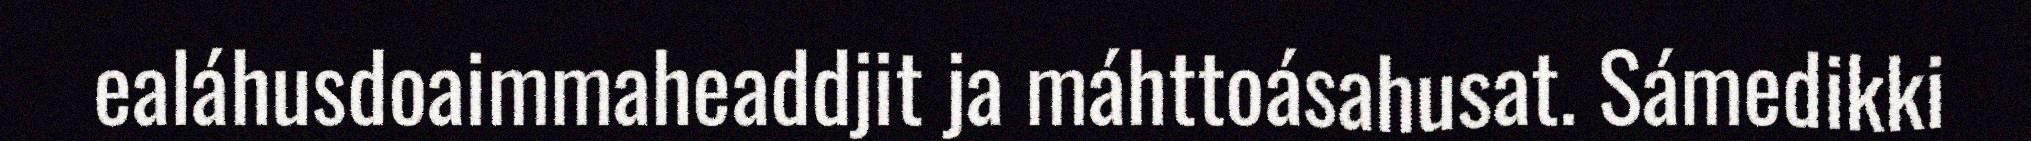
ealáhusdoaimmaheaddjit ja máhttoásahusat. Sámedikki